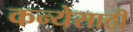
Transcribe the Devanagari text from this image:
कन्येसाठी